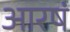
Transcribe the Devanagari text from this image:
आरषं